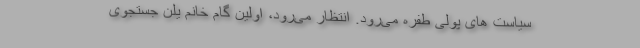
سیاست های پولی طفره می‌رود. انتظار می‌رود، اولین گام خانم یلن جستجوی